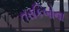
તરકિબોના